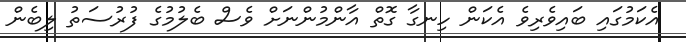
އެކަމުގައި ބައިވެރިވެ އެކަން ހިނގާ ގޮތް އާންމުންނަށް ވެސް ބެލުމުގެ ފުރުސަތު ލިބެން